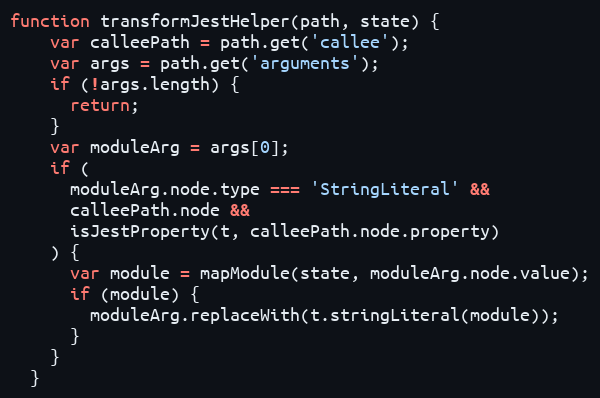
Language: JavaScript
function transformJestHelper(path, state) {
    var calleePath = path.get('callee');
    var args = path.get('arguments');
    if (!args.length) {
      return;
    }
    var moduleArg = args[0];
    if (
      moduleArg.node.type === 'StringLiteral' &&
      calleePath.node &&
      isJestProperty(t, calleePath.node.property)
    ) {
      var module = mapModule(state, moduleArg.node.value);
      if (module) {
        moduleArg.replaceWith(t.stringLiteral(module));
      }
    }
  }